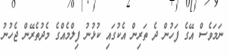
ނަމަވެސް އޭގެ ފަހުން ދެ ތަރިން އެކުގައި ކުޅުނު ފިލްމެއްގެ މެދުތެރޭން ޖެހުނު